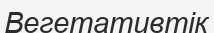
Вегетативтік